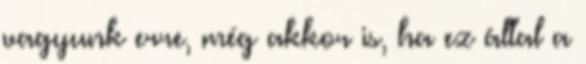
vagyunk erre, még akkor is, ha ez által a